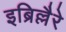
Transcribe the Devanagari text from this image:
इब्रिल्लैरे